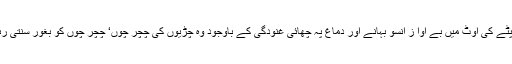
دوپٹے کی اوٹ میں بے آوا ز آنسو بہانے اور دماغ پہ چھائی غنودگی کے باوجود وہ چڑیوں کی چچر چوں‘ چچر چوں کو بغور سنتی رہی۔